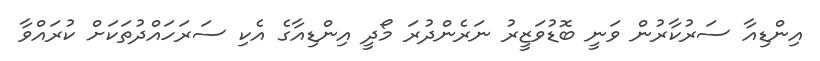
އިންޑިއާ ސަރުކާރުން ވަނީ ބޮޑުވަޒީރު ނަރެންދުރަ މޯދީ އިންޑިއާގެ އެކި ސަރަހައްދުތަކަށް ކުރައްވާ